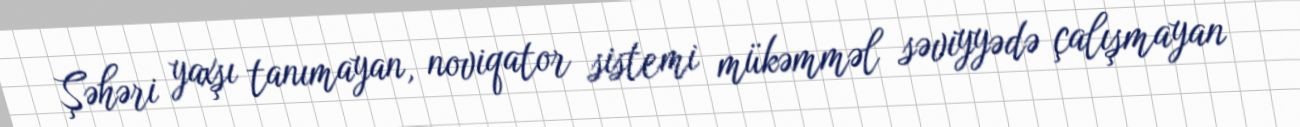
Şəhəri yaxşı tanımayan, noviqator sistemi mükəmməl səviyyədə çalışmayan